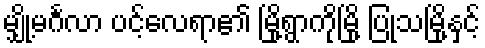
မျှို့မင်္ဂလာ ပင့်လေရာ၏ မြို့ရွာကိုမြို့ ပြုသမြို့နှင့်